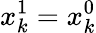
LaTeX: x_{k}^{1}=x_{k}^{0}